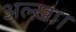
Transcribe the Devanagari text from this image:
अल्ख़ा।